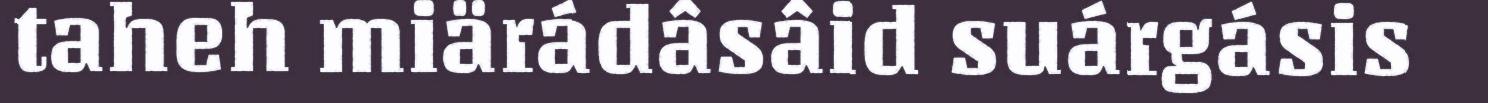
taheh miärádâsâid suárgásis